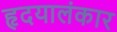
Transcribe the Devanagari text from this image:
हृदयालंकार